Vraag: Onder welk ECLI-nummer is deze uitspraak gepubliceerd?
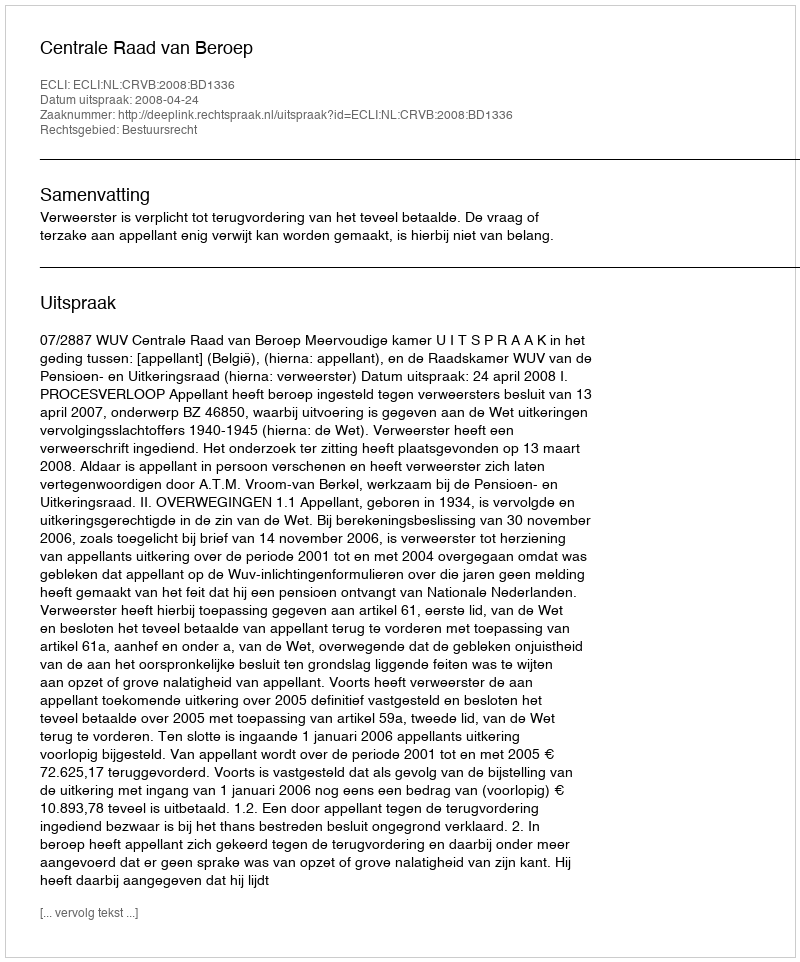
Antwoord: ECLI:NL:CRVB:2008:BD1336